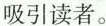
吸引读者